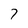
Character: 7